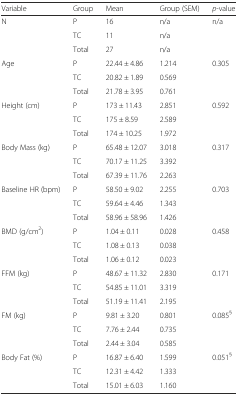
<table><thead><tr><td><b>Variable</b></td><td><b>Group</b></td><td><b>Mean</b></td><td><b>Group (SEM)</b></td><td><b><i>p</i>-value</b></td></tr></thead><tbody><tr><td rowspan="3">N</td><td>P</td><td>16</td><td>n/a</td><td>n/a</td></tr><tr><td>TC</td><td>11</td><td>n/a</td><td></td></tr><tr><td>Total</td><td>27</td><td>n/a</td><td></td></tr><tr><td rowspan="3">Age</td><td>P</td><td>22.44 ± 4.86</td><td>1.214</td><td>0.305</td></tr><tr><td>TC</td><td>20.82 ± 1.89</td><td>0.569</td><td></td></tr><tr><td>Total</td><td>21.78 ± 3.95</td><td>0.761</td><td></td></tr><tr><td rowspan="3">Height (cm)</td><td>P</td><td>173 ± 11.43</td><td>2.851</td><td>0.592</td></tr><tr><td>TC</td><td>175 ± 8.59</td><td>2.589</td><td></td></tr><tr><td>Total</td><td>174 ± 10.25</td><td>1.972</td><td></td></tr><tr><td rowspan="3">Body Mass (kg)</td><td>P</td><td>65.48 ± 12.07</td><td>3.018</td><td>0.317</td></tr><tr><td>TC</td><td>70.17 ± 11.25</td><td>3.392</td><td></td></tr><tr><td>Total</td><td>67.39 ± 11.76</td><td>2.263</td><td></td></tr><tr><td rowspan="3">Baseline HR (bpm)</td><td>P</td><td>58.50 ± 9.02</td><td>2.255</td><td>0.703</td></tr><tr><td>TC</td><td>59.64 ± 4.46</td><td>1.343</td><td></td></tr><tr><td>Total</td><td>58.96 ± 58.96</td><td>1.426</td><td></td></tr><tr><td rowspan="3">BMD (g/cm<sup>2</sup>)</td><td>P</td><td>1.04 ± 0.11</td><td>0.028</td><td>0.458</td></tr><tr><td>TC</td><td>1.08 ± 0.13</td><td>0.038</td><td></td></tr><tr><td>Total</td><td>1.06 ± 0.12</td><td>0.023</td><td></td></tr><tr><td rowspan="3">FFM (kg)</td><td>P</td><td>48.67 ± 11.32</td><td>2.830</td><td>0.171</td></tr><tr><td>TC</td><td>54.85 ± 11.01</td><td>3.319</td><td></td></tr><tr><td>Total</td><td>51.19 ± 11.41</td><td>2.195</td><td></td></tr><tr><td rowspan="3">FM (kg)</td><td>P</td><td>9.81 ± 3.20</td><td>0.801</td><td>0.085<sup>§</sup></td></tr><tr><td>TC</td><td>7.76 ± 2.44</td><td>0.735</td><td></td></tr><tr><td>Total</td><td>2.44 ± 3.04</td><td>0.585</td><td></td></tr><tr><td rowspan="3">Body Fat (%)</td><td>P</td><td>16.87 ± 6.40</td><td>1.599</td><td>0.051<sup>§</sup></td></tr><tr><td>TC</td><td>12.31 ± 4.42</td><td>1.333</td><td></td></tr><tr><td>Total</td><td>15.01 ± 6.03</td><td>1.160</td><td></td></tr></tbody></table>